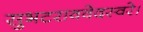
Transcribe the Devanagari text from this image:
सुभटराववेदस्वरे।